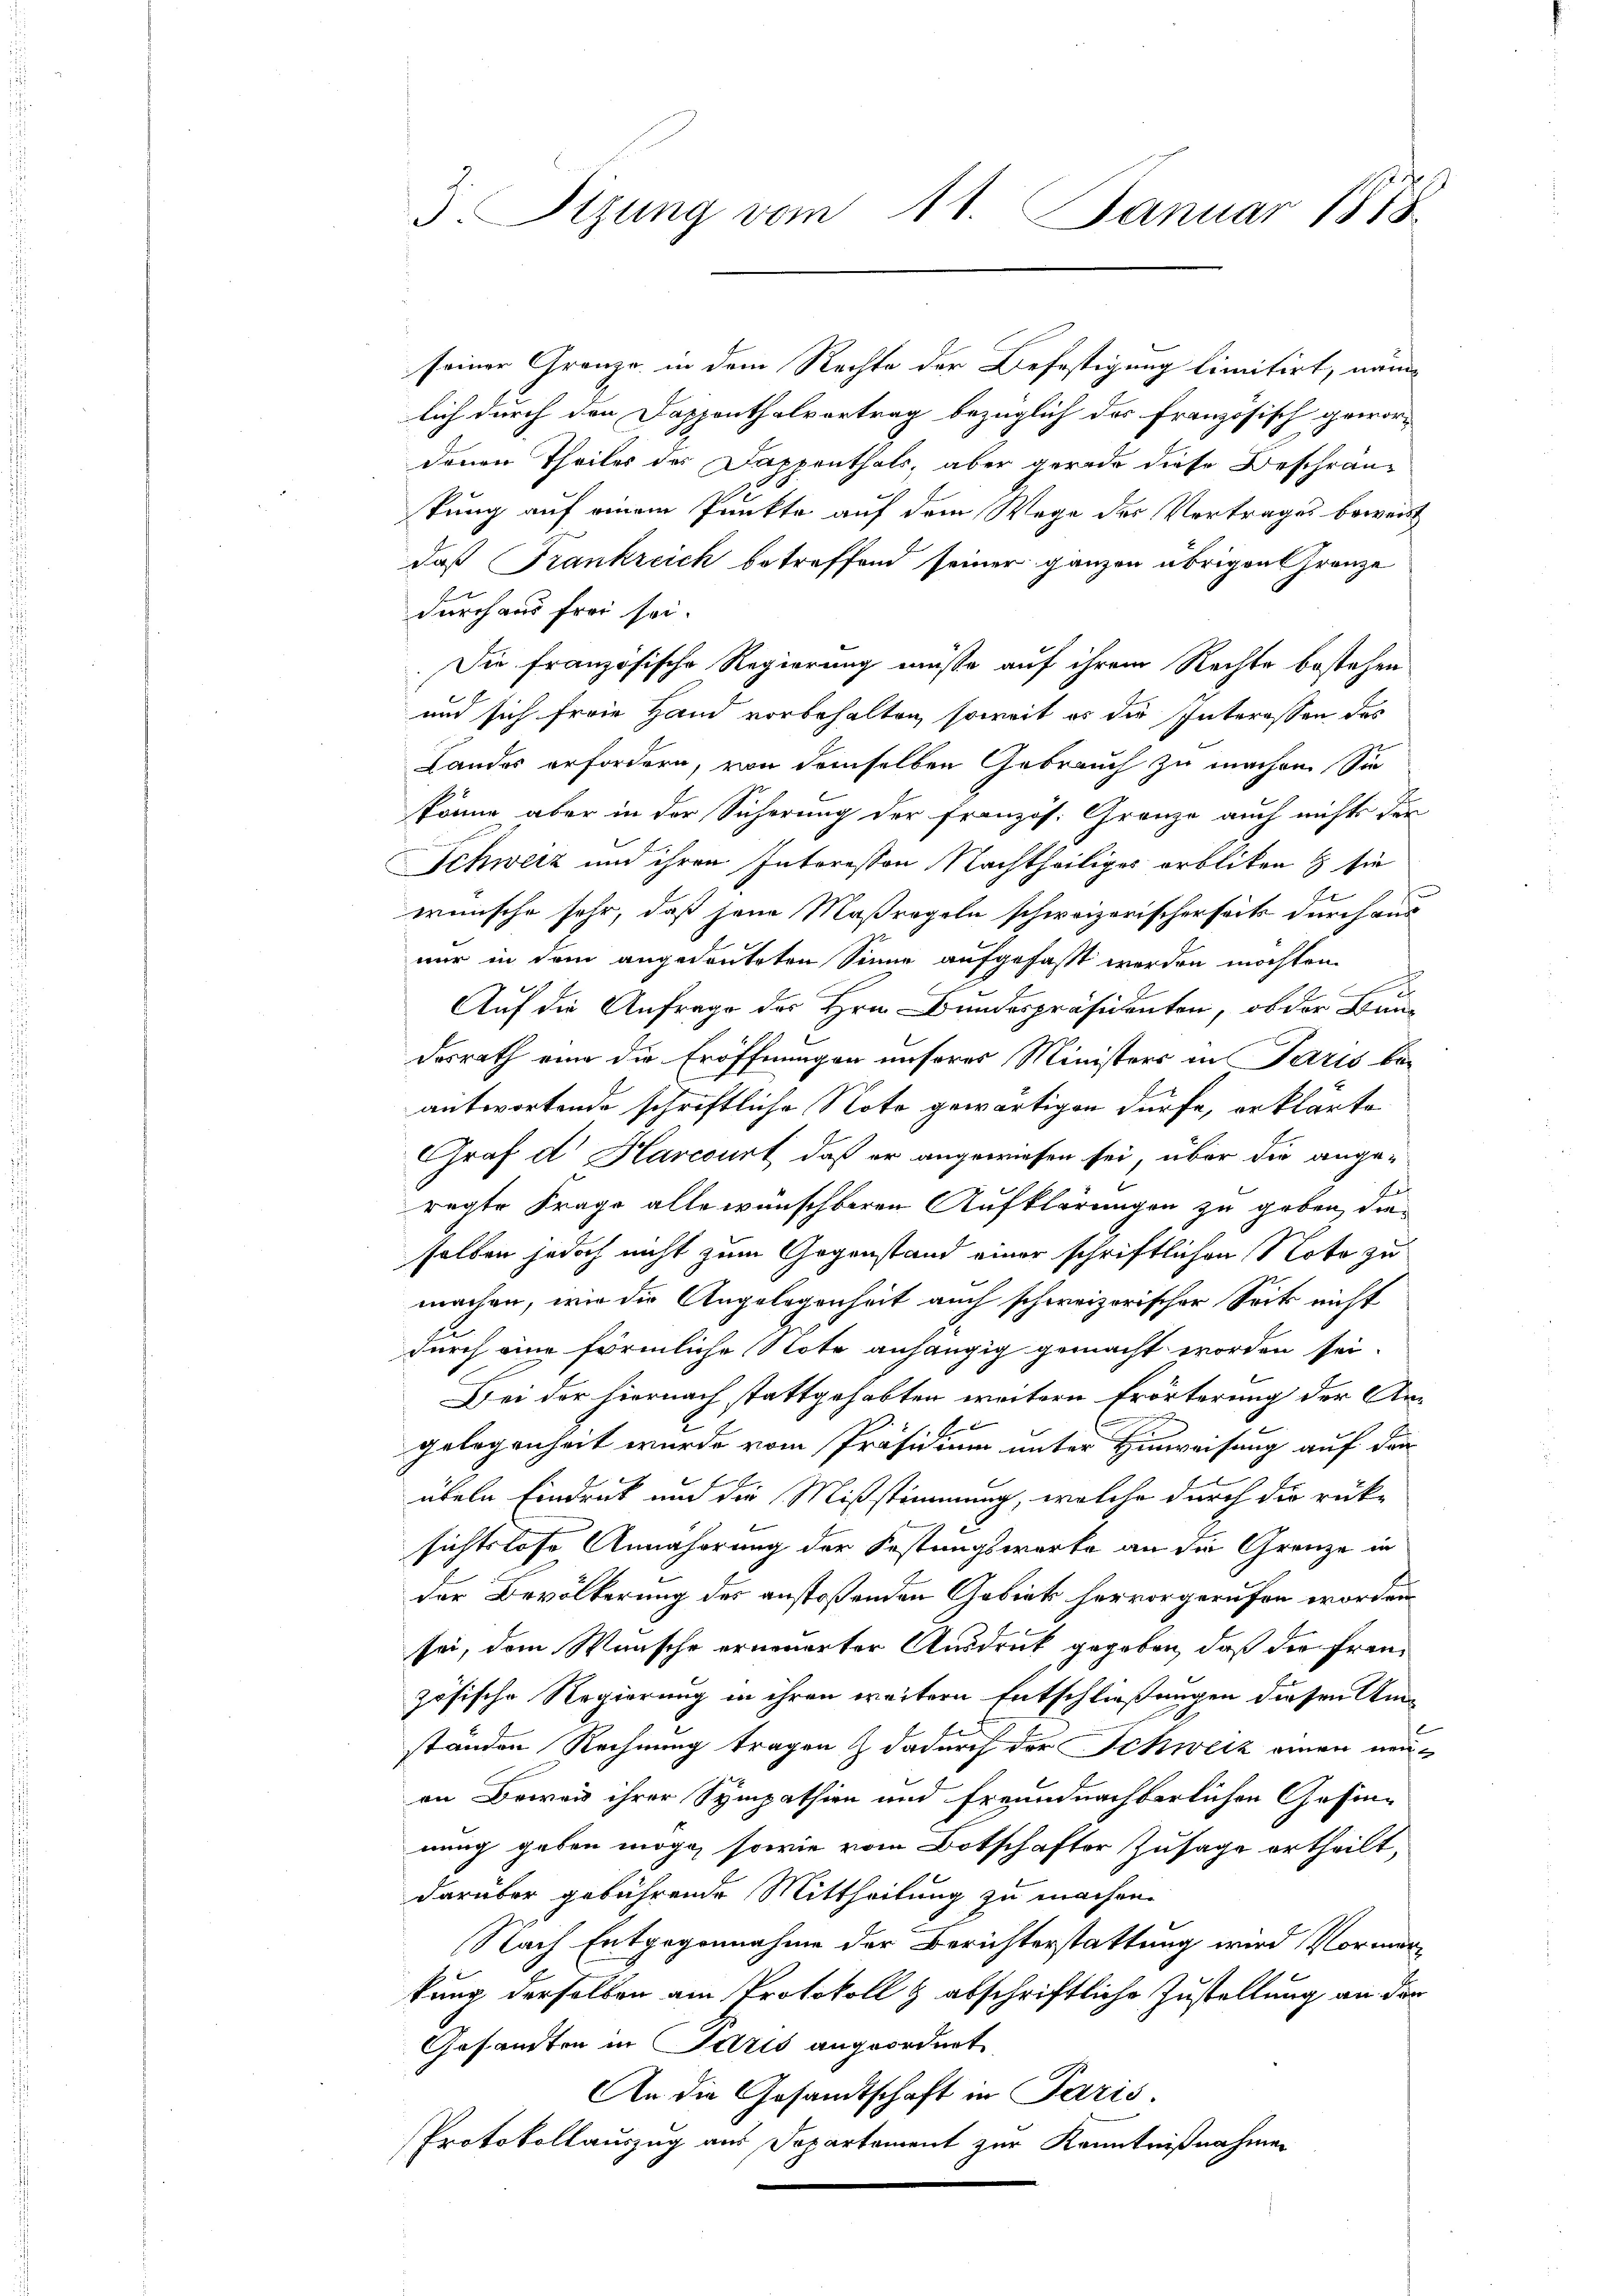
J. Sitzung vom 11. Januar 1878

seiner Granze in dem Rechte der Befestigung limitirt, nämlich durch den Dappenthalvortrag bezüglich des französisch gewordenen Theiles des Dappenthals, aber gerade diese Beschräntung auf einem Punkte auf dem Wege der Vertrages beweis
daß Frankreich betreffend seiner ganzen übrigen Franze
durchaus frei sei.
Die französische Regierung müsse auf ihrem Rechte bestehen
und sich freie Hand vorbehalten, soweit es die Interessen des
Landes erfordern, von demselben Gebrauch zu machen. Sie
könne aber in der Sicherung der französ. Granze auch nichts der
Schweiz und ihren Interessen Nachtheiliges orbliten & sie
wünsche sehr, daß jene Maßregeln schweizerischerseits durch aus
nur in dem angedeuteten Sinne aufgefaßt werden möchten.
Auf die Anfrage des Hrn. Bundespräsidenten, ob der Bundesrath eine die Eröffnungen unserer Ministers in Paris bei
antwortende schriftliche Note gewärtigen dürfe, erklärte
Graf d Harcourt, daß er angewiesen sei, über die ange-
regte Frage alle wünschbaren Aufklärungen zu geben, die
selben jedoch nicht zum Gegenstand einer schriftlichen Noto zu
machen, wie die Angelegenheit auch schweizerischer Seits nicht
durch eine förmliche Note anhängig gemacht worden sei.
Bei der hiernach stattgehabten weitern Erörterung der An¬

gelegenheit wurde vom Präsidium unter Hinweisung auf den
übeln Eindruck und die Mißstimmung, welche durch die rück-
sichtslose Annäherung der Festungswarte an die Grenze in
der Bevölkerung des anstoßenden Gebiet hervorgerufen worden
sei, dem Wunsche erneuerter Ausdruck gegeben, daß die Französische Regierung in ihren weitern Entschließungen diesen Um¬
.
standen Rechnung tragen & dadurch der Schweiz einen neuon Beweis ihrer Sympathien und freundnachbarlichen Gesinnung geben möge, sowie vom Botschafter Zusage ertheilt,
darüber gebührende Mittheilung zu machen.
Nach Entgegennahme der Berichterstattung wird Vormorkung derselben am Protokoll & abschriftliche Zustellung an der
Gesamten in Paris angeordnet.
An die Gesandtschaft in Paris.
Protokollauszug aus Departement zur Kenntnißnahmen